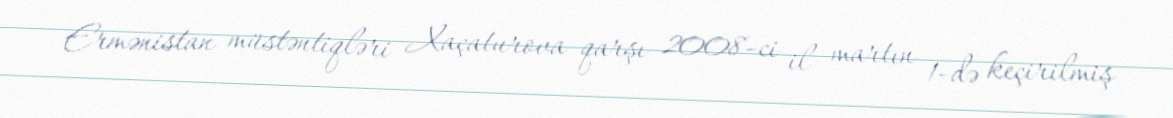
Ermənistan müstəntiqləri Xaçaturova qarşı 2008-ci il martın 1-də keçirilmiş